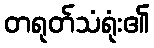
တရုတ်သံရုံး၏